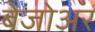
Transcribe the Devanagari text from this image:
बेजोअर